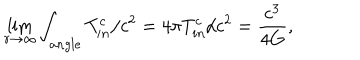
\lim _ { r \rightarrow \infty } \int _ { a n g l e } T _ { i n } ^ { c } / c ^ { 2 } = 4 \pi T _ { i n } ^ { c } / c ^ { 2 } = \frac { c ^ { 3 } } { 4 G } ,